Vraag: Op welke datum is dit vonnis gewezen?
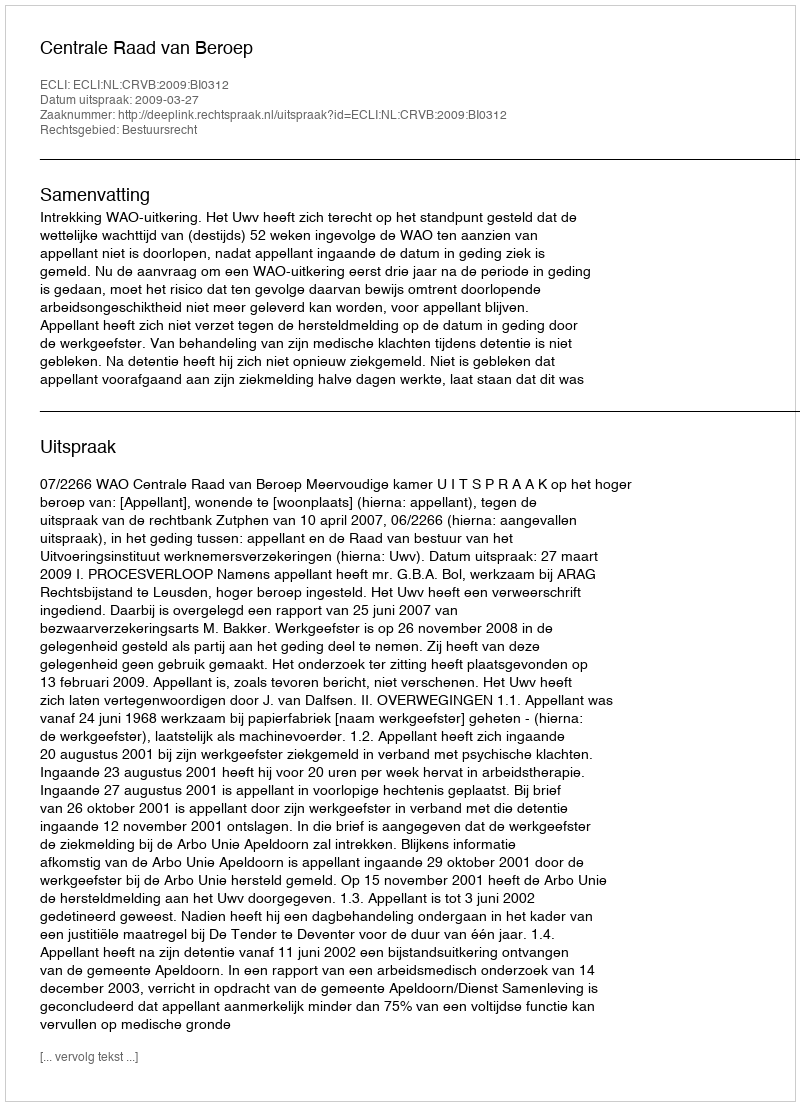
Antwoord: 2009-03-27